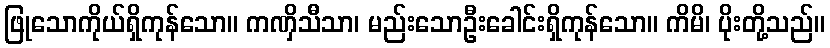
ဖြုသောကိုယ်ရှိကုန်သော။ ကဏှိသီသာ၊ မည်းသောဦးခေါင်းရှိကုန်သော။ ကိမိ၊ ပိုးတို့သည်။